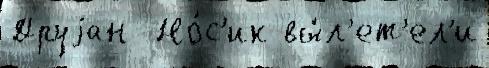
Друjан  Но́с'ик вы́л'ет'ел'и